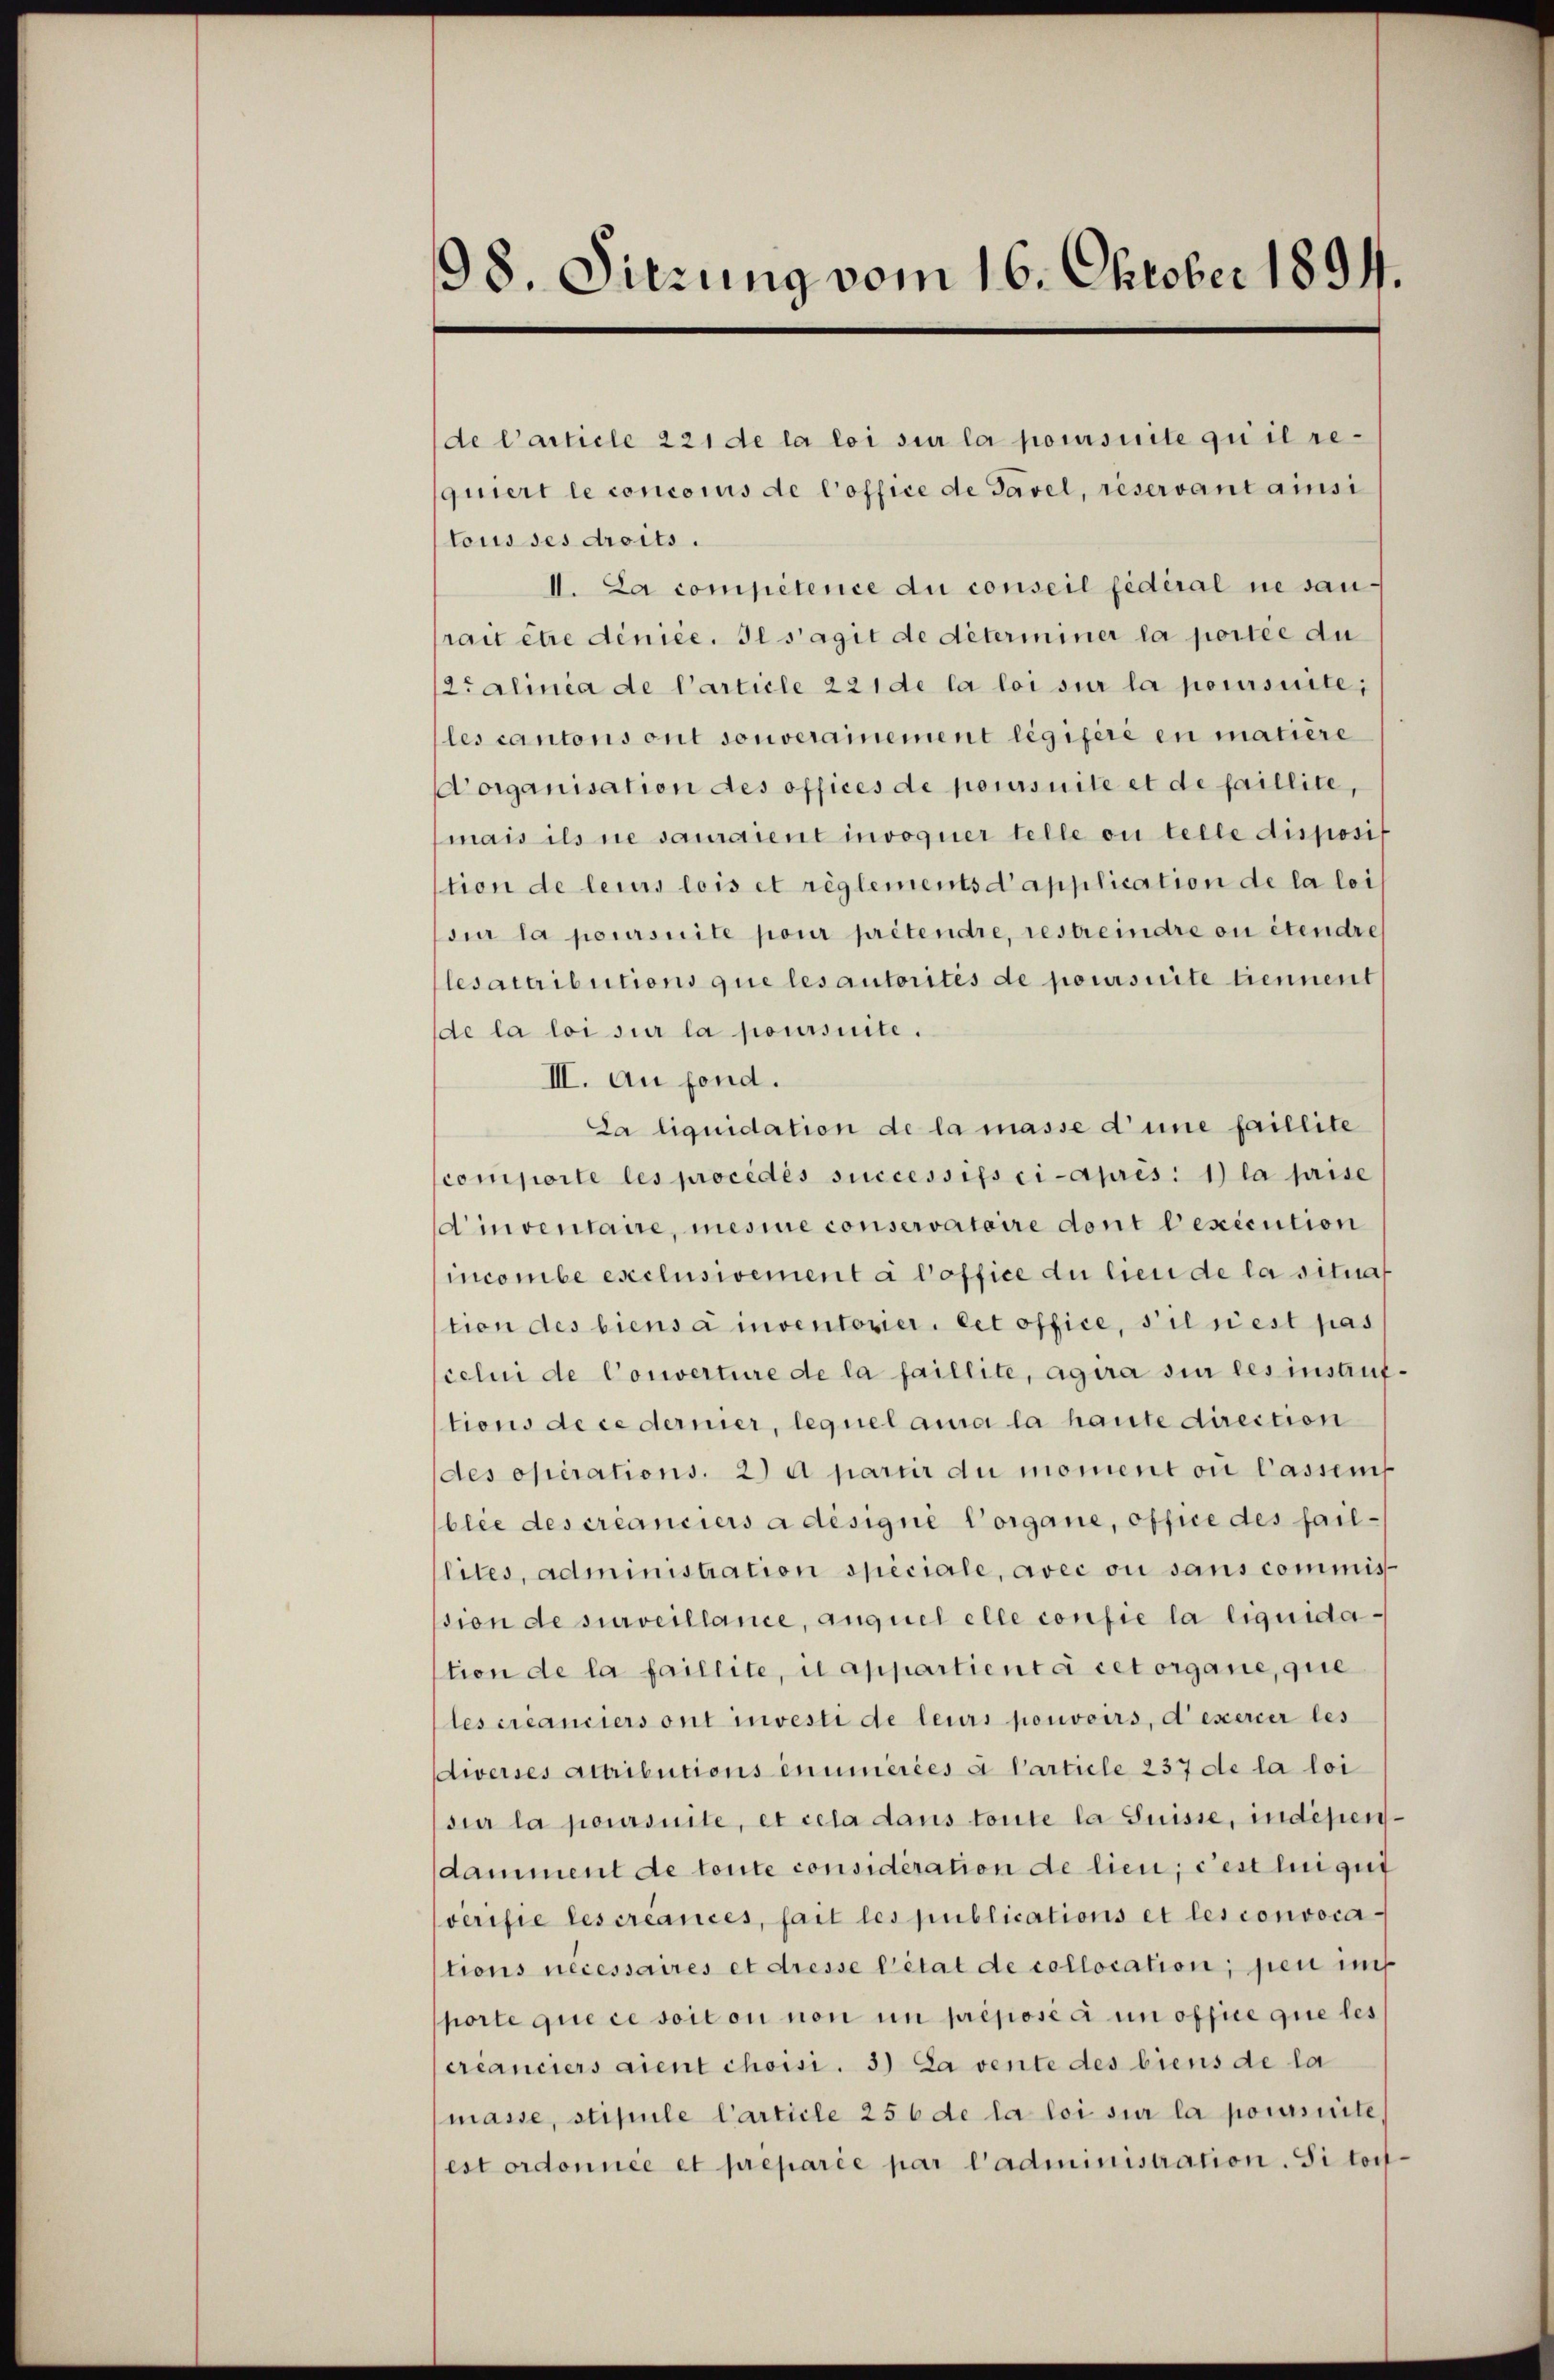
98. Sitzung vom 16. Oktober 1894.

de Carticle 221 de la loi sur la poursuite qui il requiert le concorus de l’office de Pavel, reservant ainsi
tous ses droits.
II. La compétence du conseil fédéral ne saurait être denice. Il s’agit de déterminer la portée du
2t alinia de l’article 221 de la loi sur la poursuite;
les cantons ont souverainement légiféré en matière
organisation des offices de poursuite et de faillite,
mais ils ne sauraient invoquer telle ou telle disposit
tion de leurs lois et règlements d’application de la loi
sie la poursuite pour prétendre, restreindre ou étendre
lesattributions que les autorités de poursuite tiennent
de la loi sur la poursuite.
III. Au fond.
La liquidation de la masse d’une faillite
scomporte les procédés successips ci-après: 1) la prise
d’inventaire, mesiue conservataire dont lexecution
incombe exclusiement à l’office du lieu de la situat
tion des biensa inventorier. Cet office, s’il est pas
celui de Converture de la faillite, agira sie les instruftions de ce dernier, lequel aura la haute direction
des operations. 2) a pariir du moment ou lassens
blee des créanciers a désigné Vorgane, office des faillites, administration speciale, avec ou sans commisssion de surveillance, auquel elle consie la liquidation de la faillite, u appartient à cet organe, que
les créanciers ont investi de leurs pouvoirs, d’exercer les
Awerses Attributions enumeries à Carticle 237 de la loi
sie la poursuite, et cela dans toute la Suisse, indenendamment de toute considération de lieu, c’est lui qui
verifie les créances, fait les publications et les convoca
tions nécessaires et dresse Citat de collocation, pen in
porte que ce soit on non in préposé à un office que les
créanciers aient choisi. 3) La vente des biens de la
masse, stipule Carticle 256 de la loi sur la poursuite,
est ordonnée et preparie par l’administration. Si tout